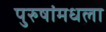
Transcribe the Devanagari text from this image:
पुरुषांमधला